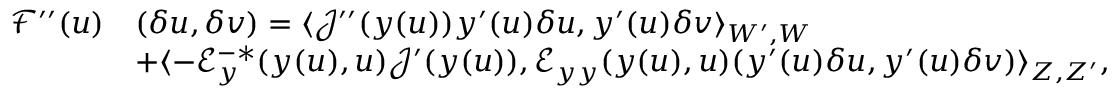
\begin{array} { r l } { { { \mathcal { F } } ^ { \prime \prime } } ( u ) } & { ( \delta u , \delta v ) = \langle { \mathcal { J } } ^ { \prime \prime } ( y ( u ) ) y ^ { \prime } ( u ) \delta u , y ^ { \prime } ( u ) \delta v \rangle _ { W ^ { \prime } , W } } \\ & { + \langle - { \mathcal { E } } _ { y } ^ { - * } ( y ( u ) , u ) { \mathcal { J } } ^ { \prime } ( y ( u ) ) , { \mathcal { E } } _ { y y } ( y ( u ) , u ) ( y ^ { \prime } ( u ) \delta u , y ^ { \prime } ( u ) \delta v ) \rangle _ { Z , Z ^ { \prime } } , } \end{array}